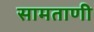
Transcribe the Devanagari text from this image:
सामताणी